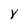
Character: x